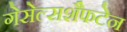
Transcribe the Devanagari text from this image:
गेसेल्सशैफटेन